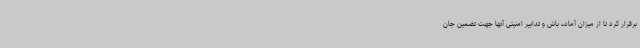
برقرار کرد تا از میزان آماده باش و تدابیر امنیتی آنها جهت تضمین جان